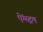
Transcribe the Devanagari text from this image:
ऐंग्स्ट्रम